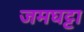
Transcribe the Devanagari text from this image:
जमघट्टा